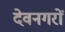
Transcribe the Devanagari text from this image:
देवनगरों